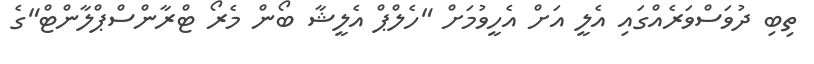
ތިބި ދުވަސްވަރެއްގައި އެލީ އަށް އެހީވުމަށް "ހެލްޕް އެލީޝާ ބޯން މެރޯ ޓްރާންސްޕްލާންޓް"ގެ